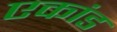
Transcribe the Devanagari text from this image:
एकांड